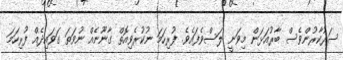
ސަރުކާރުންވެސް ބާރުއަޅަން މިވަނީ ލަސްވެފައެވެ. ފުރިހަމަ ނުކުރެވިއޮތް ގާނޫނެއް ނުވަތަ ގަވައިދެއް ފުރިހަމަ